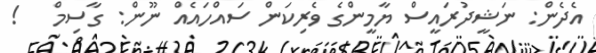
އެެދެން: ނަޝީދުރައީސް ޔާމީންގެ ވެރިކަން ސައްހައެއް ނޫން: ގާސިމް   !